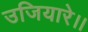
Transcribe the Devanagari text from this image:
उजियारे।।